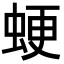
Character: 𧋑